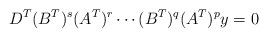
LaTeX: \begin{align*} D^T(B^T)^s(A^T)^r\cdots (B^T)^q(A^T)^p y =0 \end{align*}